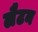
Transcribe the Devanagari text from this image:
लैटन